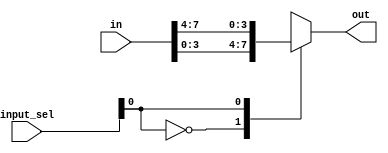
`timescale 1ns / 1ns

module bit4mux(
 output reg [3:0] out,
 input [7:0] in,
 input [1:0]input_sel
);

always @ (input_sel)
 begin
  case (input_sel[0])
   1'b0 : out <= in[3:0];
   1'b1 : out <= in[7:4];
  endcase
 end

endmodule